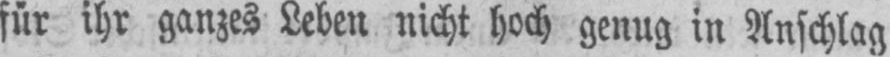
für ihr ganzes Leben nicht hoch genug in Anschlag